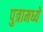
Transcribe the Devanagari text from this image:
पुत्रामध्ये